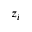
z _ { i }